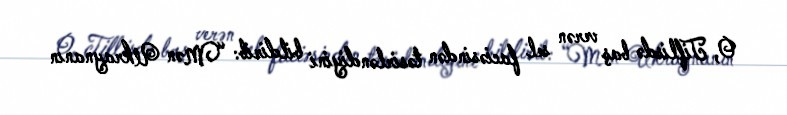
O, Tiflisdə baş verən sel faciəsindən təsirləndiyini bildirib: “Mən Ukraynanın